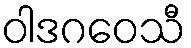
ဝါဒဂဝေသီ